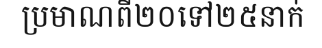
ប្រមាណពី២០ទៅ២៥នាក់